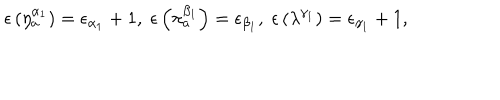
LaTeX: \epsilon \left( \eta _ { a } ^ { \alpha _ { 1 } } \right) = \epsilon _ { \alpha _ { 1 } } + 1 , \; \epsilon \left( \pi _ { a } ^ { \beta _ { 1 } } \right) = \epsilon _ { \beta _ { 1 } } , \; \epsilon \left( \lambda ^ { \gamma _ { 1 } } \right) = \epsilon _ { \gamma _ { 1 } } + 1 ,